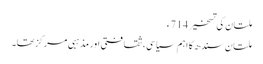
ملتان کی تسخیر 714ء
ملتان سندھ کا اہم سیاسی، ثقافتی اور مذہبی مرکز تھا۔